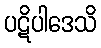
ပဋိပါဒေသိ